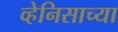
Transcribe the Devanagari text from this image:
व्हेनिसाच्या